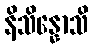
နိသိန္နောသိ